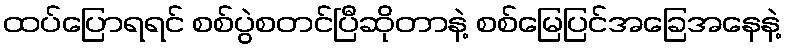
ထပ်ပြောရရင် စစ်ပွဲစတင်ပြီဆိုတာနဲ့ စစ်မြေပြင်အခြေအနေနဲ့